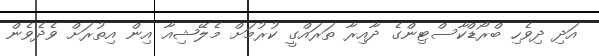
އަދި ދިވެހި ބްރޯޑްކާސްޓިންގެ ދާއިރާ ތަރައްގީ ކުރުމަށް މެލޭޝިއާ އިން އިތުރަށް ވެދެވެން